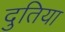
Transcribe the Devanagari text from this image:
दुतिया